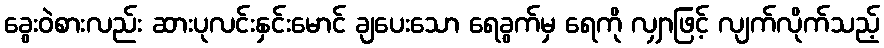
ခွေးဝဲစားလည်း ဆားပုလင်းနှင်းမောင် ချပေးသော ရေခွက်မှ ရေကို လျှာဖြင့် လျက်လိုက်သည့်